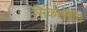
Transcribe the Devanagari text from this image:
सिंकोपेशंस